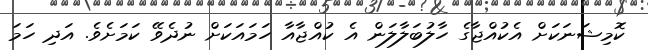
ކޮމިޝަނަކަށް އެކުއްޖާގެ ހާލުބަލާލަން އެ ކުއްޖާއާ ހަމައަކަށް ނުދެވޭ ކަމަށެވެ. އަދި ހަމަ